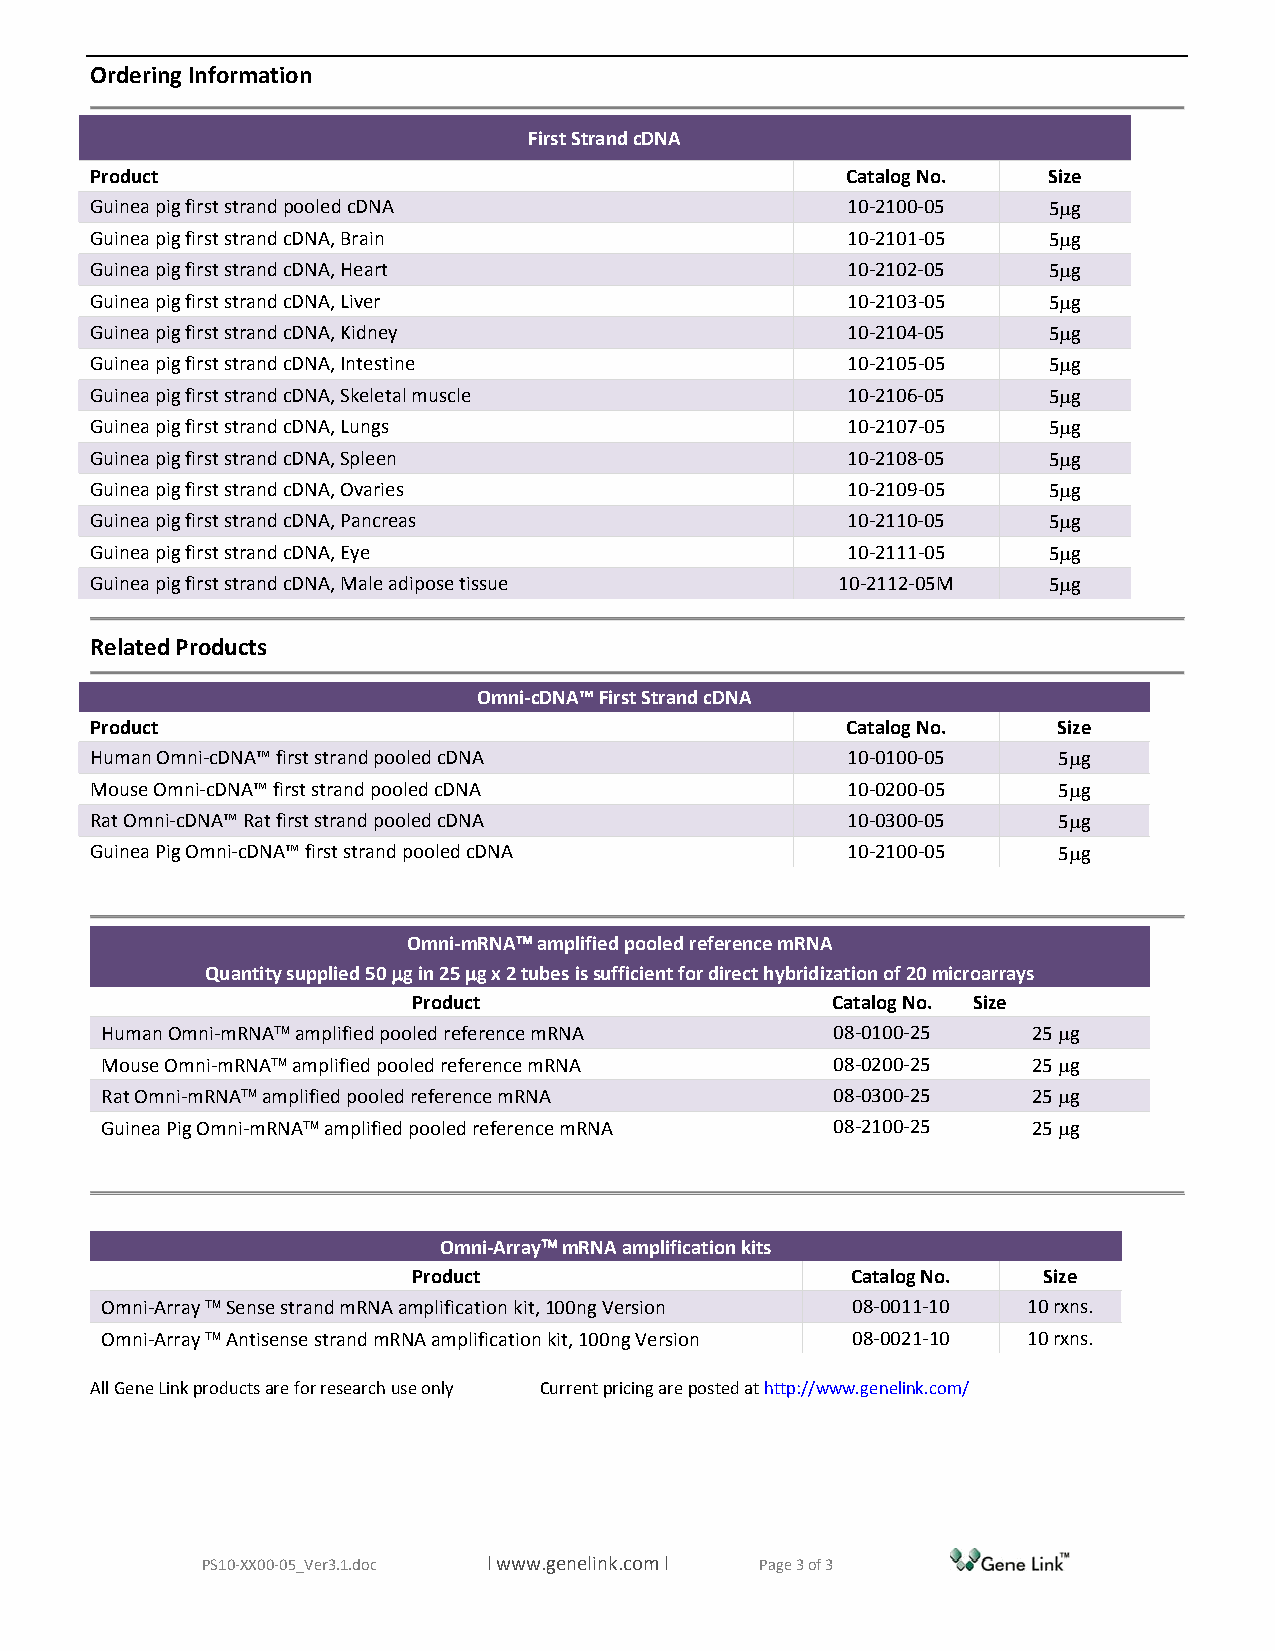
Ordering Information
 First Strand cDNA
 Product                                           Catalog No.  Size
 Guinea pig first strand pooled cDNA               10‐2100‐05   5μg
 Guinea pig first strand cDNA, Brain               10‐2101‐05   5μg
 Guinea pig first strand cDNA, Heart               10‐2102‐05   5μg
 Guinea pig first strand cDNA, Liver               10‐2103‐05   5μg
 Guinea pig first strand cDNA, Kidney              10‐2104‐05   5μg
 Guinea pig first strand cDNA, Intestine           10‐2105‐05   5μg
 Guinea pig first strand cDNA, Skeletal muscle     10‐2106‐05   5μg
 Guinea pig first strand cDNA, Lungs               10‐2107‐05   5μg
 Guinea pig first strand cDNA, Spleen              10‐2108‐05   5μg
 Guinea pig first strand cDNA, Ovaries             10‐2109‐05   5μg
 Guinea pig first strand cDNA, Pancreas            10‐2110‐05   5μg
 Guinea pig first strand cDNA, Eye                 10‐2111‐05   5μg
 Guinea pig first strand cDNA, Male adipose tissue 10‐2112‐05M  5μg
 Related Products
 Omni‐cDNA™ First Strand cDNA
 Product                                           Catalog No.   Size
 Human Omni‐cDNA™ first strand pooled cDNA         10‐0100‐05    5μg
 Mouse Omni‐cDNA™ first strand pooled cDNA         10‐0200‐05    5μg
 Rat Omni‐cDNA™ Rat first strand pooled cDNA       10‐0300‐05    5μg
 Guinea Pig Omni‐cDNA™ first strand pooled cDNA    10‐2100‐05    5μg
 Omni‐mRNA™ amplified pooled reference mRNA
 Quantity supplied 50 μg in 25 μg x 2 tubes is sufficient for direct hybridization of 20 microarrays
 Product                     Catalog No. Size
 Human Omni‐mRNA™ amplified pooled reference mRNA 08‐0100‐25  25 μg
 Mouse Omni‐mRNA™ amplified pooled reference mRNA 08‐0200‐25  25 μg
 Rat Omni‐mRNA™ amplified pooled reference mRNA  08‐0300‐25   25 μg
 Guinea Pig Omni‐mRNA™ amplified pooled reference mRNA 08‐2100‐25 25 μg
 Omni‐Array™ mRNA amplification kits
 Product                      Catalog No.  Size
 Omni‐Array ™ Sense strand mRNA amplification kit, 100ng Version 08‐0011‐10 10 rxns.
 Omni‐Array ™ Antisense strand mRNA amplification kit, 100ng Version 08‐0021‐10 10 rxns.
 All Gene Link products are for research use only Current pricing are posted at http://www.genelink.com/
 PS10‐XX00‐05_Ver3.1.doc l www.genelink.com l Page 3 of 3